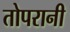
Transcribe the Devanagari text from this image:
तोपरानी